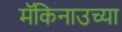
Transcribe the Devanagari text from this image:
मॅकिनाउच्या